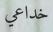
خداعي